King Institute of Preventive Medicine Bacteriolog. Section reports 1907-08
Year: 1907
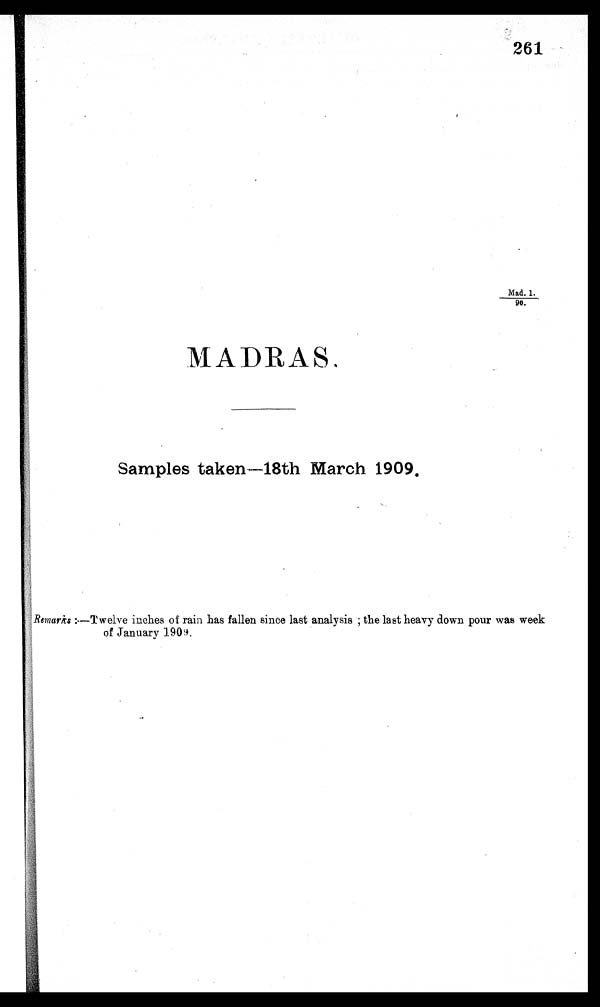
261
Mad. 1.
90.
MADRAS.
Samples taken—18th March 1909.
Remarks :—Twelve inches of rain has fallen since last analysis; the last heavy down pour was week
of January 1909 .